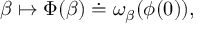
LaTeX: \beta \mapsto \Phi ( \beta ) \doteq \omega _ { \beta } ( \phi ( 0 ) ) ,